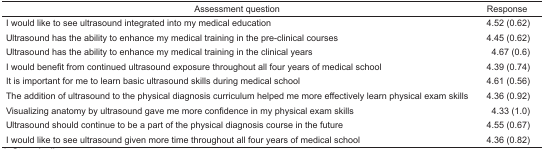
<table><thead><tr><td><b>Assessment question</b></td><td><b>Response</b></td></tr></thead><tbody><tr><td>I would like to see ultrasound integrated into my medical education</td><td>4.52 (0.62)</td></tr><tr><td>Ultrasound has the ability to enhance my medical training in the pre-clinical courses</td><td>4.45 (0.62)</td></tr><tr><td>Ultrasound has the ability to enhance my medical training in the clinical years</td><td>4.67 (0.6)</td></tr><tr><td>I would benefit from continued ultrasound exposure throughout all four years of medical school</td><td>4.39 (0.74)</td></tr><tr><td>It is important for me to learn basic ultrasound skills during medical school</td><td>4.61 (0.56)</td></tr><tr><td>The addition of ultrasound to the physical diagnosis curriculum helped me more effectively learn physical exam skills</td><td>4.36 (0.92)</td></tr><tr><td>Visualizing anatomy by ultrasound gave me more confidence in my physical exam skills</td><td>4.33 (1.0)</td></tr><tr><td>Ultrasound should continue to be a part of the physical diagnosis course in the future</td><td>4.55 (0.67)</td></tr><tr><td>I would like to see ultrasound given more time throughout all four years of medical school</td><td>4.36 (0.82)</td></tr></tbody></table>